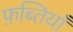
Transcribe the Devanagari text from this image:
फ़ब्तियाँ